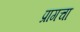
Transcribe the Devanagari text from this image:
प्रागचा